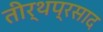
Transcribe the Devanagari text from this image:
तीर्थप्रसाद